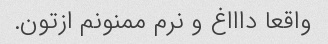
واقعا داااغ و نرم ممنونم ازتون.